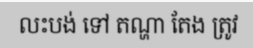
លះបង់ ទៅ តណ្ហា តែង ត្រូវ